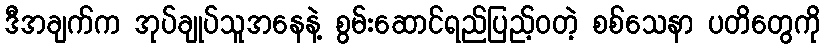
ဒီအချက်က အုပ်ချုပ်သူအနေနဲ့ စွမ်းဆောင်ရည်ပြည့်ဝတဲ့ စစ်သေနာ ပတိတွေကို